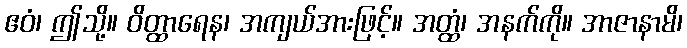
ဧဝံ၊ ဤသို့။ ဝိတ္ထာရေန၊ အကျယ်အားဖြင့်။ အတ္ထံ၊ အနက်ကို။ အာဇာနာမိ၊